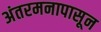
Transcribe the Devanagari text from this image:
अंतरमनापासून